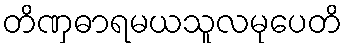
တိဏှဓာရမယသူလမုပေတိ